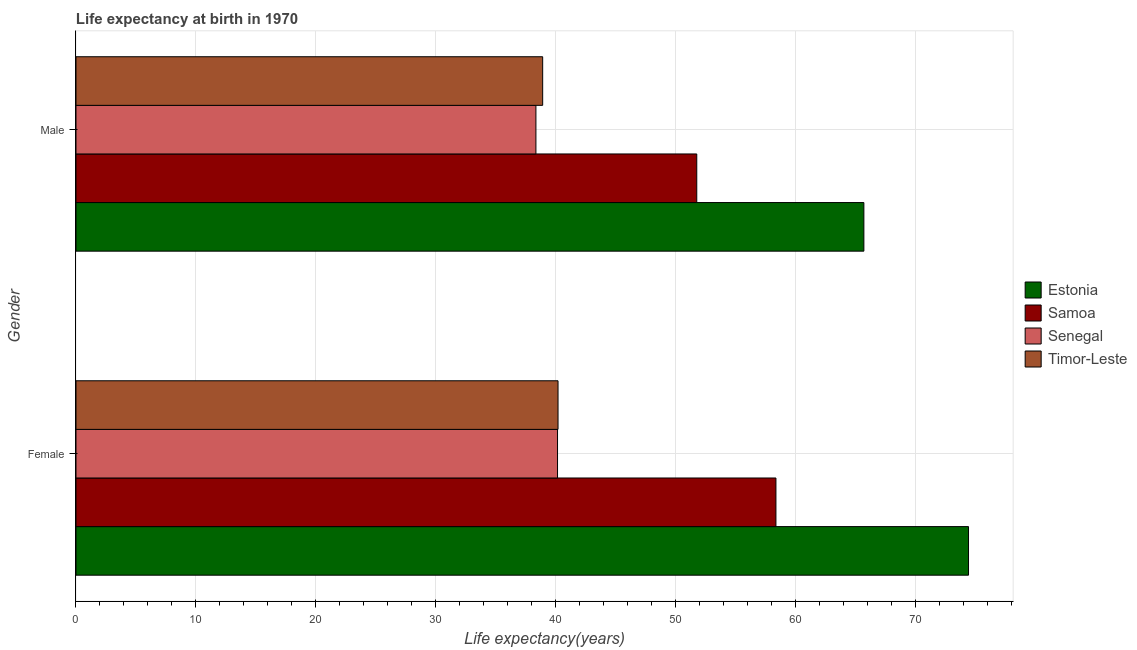
| Gender | Estonia | Samoa | Senegal | Timor-Leste |
 | --- | --- | --- | --- | --- |
 | Female | 74.4 | 58.4 | 40.1 | 40.2 |
 | Male | 65.7 | 51.8 | 38.3 | 38.9 |